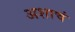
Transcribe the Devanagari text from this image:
अशाचं